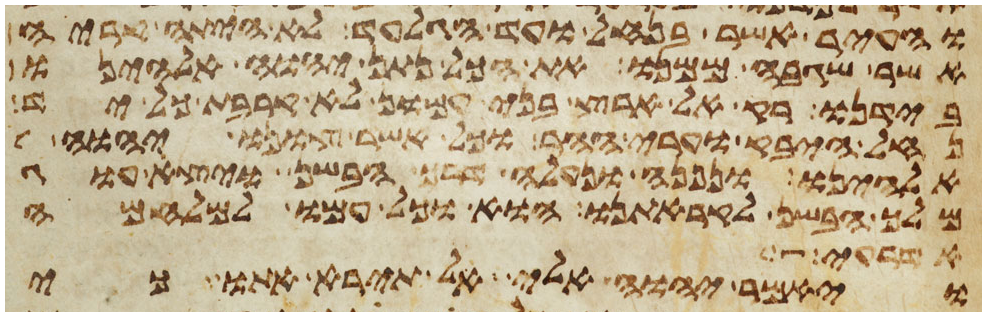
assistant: והעיר אשר בנחל ועד הגלעד לא היתה קריה
אשר שגבה ממנו את הכל נתן יהוה אלהינו
בידנו רק אל ארץ בני עמון לא קרבת כל יד
נחל היבק וערי ההר וכל אשר צונו יהוה
אלהינו ונפנה ונעלה דרך הבשן ויצא עוג
מלך הבשן לקראתנו הוא וכל עמו למלחמה
אדרעי
ויאמר יהוה אלי אל תירא אתו כי